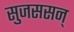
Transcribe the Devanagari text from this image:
सुजससन्